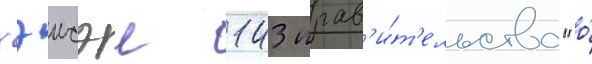
хэисэи 143 прав'и́т'ельства "о́